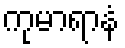
ကုမာရာနံ